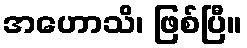
အဟောသိ၊ ဖြစ်ပြီ။